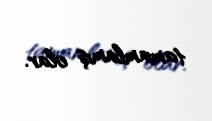
tamamlamış olar.